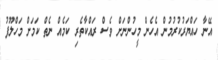
އޭނާ ހައްޔަރުކުރުމުން އެހެން މީހުންނަށް ވެސް ރައްކާތެރި ކަމެއް ނެތް ކަމަށް މަހްލޫފު